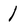
Character: 1